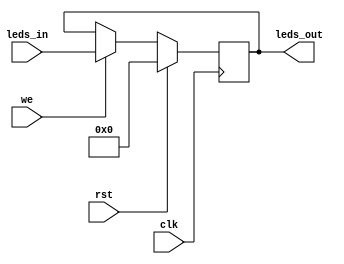
module leds (
    input clk,
    input rst,
    input we,
    input [5:0] leds_in,
    output reg [5:0] leds_out
);

    always @ (posedge clk) begin
        if (rst)
            leds_out <= 6'b0;
        else
            if (we)
                leds_out <= leds_in;
    end

endmodule